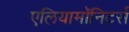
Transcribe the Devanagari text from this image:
एलियामॉनिटर्स